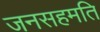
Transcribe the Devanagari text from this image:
जनसहमति